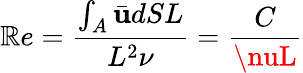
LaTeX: \mathbb{R}e=\frac{{\int_{A}\bar{{\mathbf{{u}}}}dSL}}{{L^{2}\nu}}=\frac{{C}}{{\nuL}}